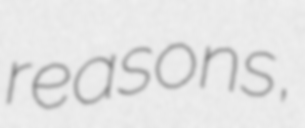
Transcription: reasons,